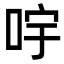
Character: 𠱶